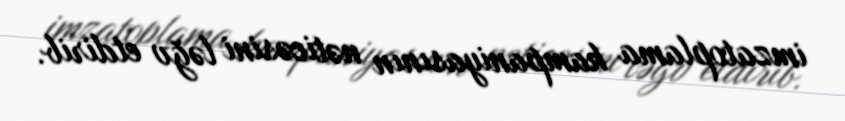
imzatoplama kampaniyasının nəticəsini ləğv etdirib.